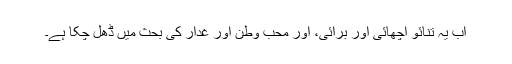
اب یہ تنائو اچھائی اور برائی، اور محب وطن اور غدار کی بحث میں ڈھل چکا ہے۔